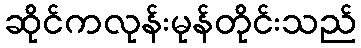
ဆိုင်ကလုန်းမုန်တိုင်းသည်